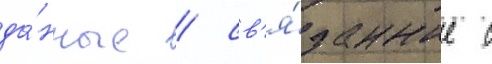
да́нные / св'я́занные с